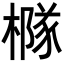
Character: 𪳹